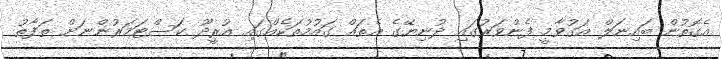
އެގޮތުން ބައިނަލް އަގުވާމީ ފެންވަރުގައި ދުނިޔޭގެ އެތައް ގައުމުތަކެއްގައި އުރީދޫ ކަސްޓަމަރުންނަށް ތަފާތު